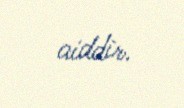
aiddir.